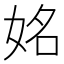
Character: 姳